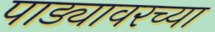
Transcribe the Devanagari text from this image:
पाड्यावरच्या